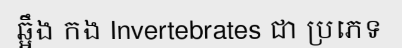
ឆ្អឹង កង Invertebrates ជា ប្រភេទ